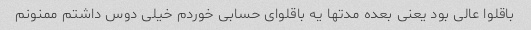
باقلوا عالی بود یعنی بعده مدتها یه باقلوای حسابی خوردم خیلی دوس داشتم ممنونم